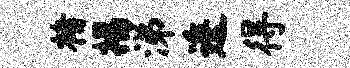
楮揭涕逶得